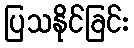
ပြသနိုင်ခြင်း